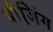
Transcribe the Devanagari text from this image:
बीजि़ंग